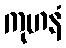
ကုဟနံ